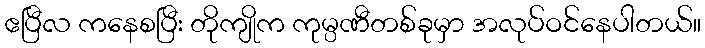
ဧပြီလ ကနေစပြီး တိုကျိုက ကုမ္ပဏီတစ်ခုမှာ အလုပ်ဝင်နေပါတယ်။